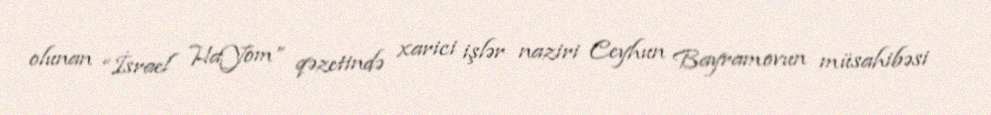
olunan “İsrael HaYom” qəzetində xarici işlər naziri Ceyhun Bayramovun müsahibəsi